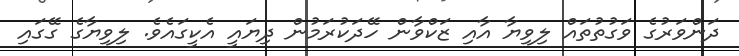
ދަންވަރުގެ ވަގުތުތައް ލިވިޔާ އާއި ޒަކްވާން ހޭދަކުރަމުން ދިޔައީ އެކީގައެވެ. ލިވިޔާގެ ގޭގައި